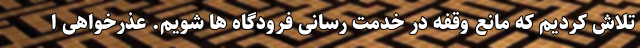
تلاش کردیم که مانع وقفه در خدمت رسانی فرودگاه ها شویم. عذرخواهی ا